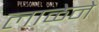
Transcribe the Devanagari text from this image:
लाळेने